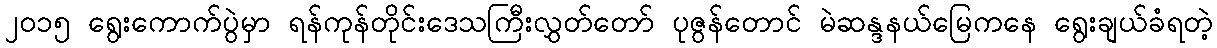
၂၀၁၅ ရွေးကောက်ပွဲမှာ ရန်ကုန်တိုင်းဒေသကြီးလွှတ်တော် ပုဇွန်တောင် မဲဆန္ဒနယ်မြေကနေ ရွေးချယ်ခံရတဲ့